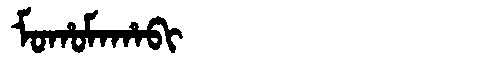
Manchu: ᠮᠣᡥᠣᠮᠠᡥᠠᠪᡳ
Romanization: MOHOMAHABI